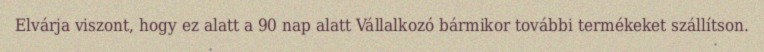
Elvárja viszont, hogy ez alatt a 90 nap alatt Vállalkozó bármikor további termékeket szállítson.